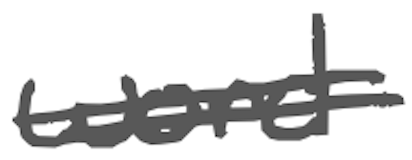
Text: word
Cross-out: double-line
Writing tool: digital_gray